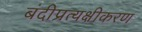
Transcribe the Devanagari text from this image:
बंदीप्रत्यक्षीकरण